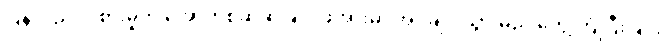
ပြန်လည်ဝင်စားမှုကို အော်ဟစ်ဆဲဆိုခြင်း ဖိအားမှာ အုပ်ချုပ်သွားမည် တွေ့ကြုံပြီးခြင်း